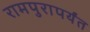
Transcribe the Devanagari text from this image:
रामपुरापर्यंत